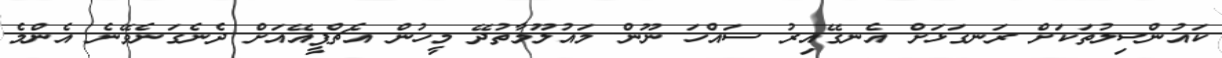
ކައުންްސިލުތަކަށް ރަނގަޅަށް އެނގޭއިރު ސައްހަ ނޫން މައުލޫމާތުދޭ މީހުން އެޗްޕީއޭއަށް ދެނެގަނެވޭނެ އެންމެ